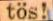
tös!